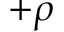
+ \rho